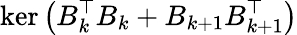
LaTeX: \ker\left(B_{k}^{\top}B_{k}+B_{k+1}B_{k+1}^{\top}\right)